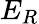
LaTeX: E_{R}